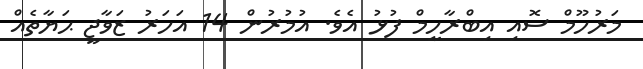
މަރުހޫމް ސޮއި އިބްރާހީމް ފުޅު އެވެ. އުމުރުން 14 އަހަރު ޒަވާޖީ ޙަޔާތެއް